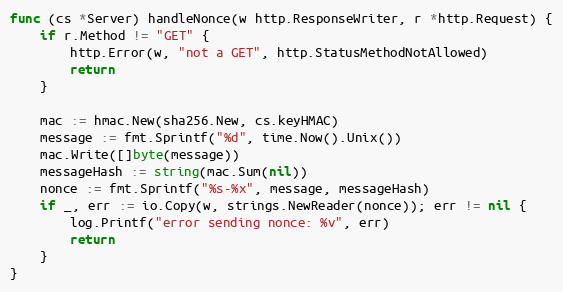
Language: Go
func (cs *Server) handleNonce(w http.ResponseWriter, r *http.Request) {
	if r.Method != "GET" {
		http.Error(w, "not a GET", http.StatusMethodNotAllowed)
		return
	}

	mac := hmac.New(sha256.New, cs.keyHMAC)
	message := fmt.Sprintf("%d", time.Now().Unix())
	mac.Write([]byte(message))
	messageHash := string(mac.Sum(nil))
	nonce := fmt.Sprintf("%s-%x", message, messageHash)
	if _, err := io.Copy(w, strings.NewReader(nonce)); err != nil {
		log.Printf("error sending nonce: %v", err)
		return
	}
}